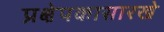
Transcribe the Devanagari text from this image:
प्रक्षेपकासारखे